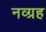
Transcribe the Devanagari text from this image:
नव्ग्रह